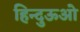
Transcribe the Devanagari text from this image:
हिन्दुऊओ